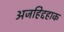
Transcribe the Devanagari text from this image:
अजहिद्दहाक